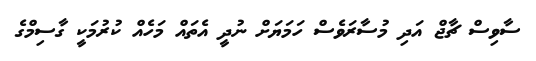
ސާވިސް ޗާޖް އަދި މުސާރަވެސް ހަމަޔަށް ނުދީ އެތައް މަހެއް ކުރުމަކީ ގާސިމްގެ